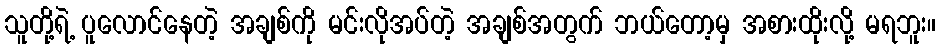
သူတို့ရဲ့ ပူလောင်နေတဲ့ အချစ်ကို မင်းလိုအပ်တဲ့ အချစ်အတွက် ဘယ်တော့မှ အစားထိုးလို့ မရဘူး။